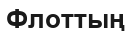
Флоттың